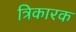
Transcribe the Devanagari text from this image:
त्रिकारक